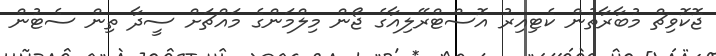
ޖޮކޮވިޗް މުބާރާތުން ކެޓިއިރު އޮސްޓްރޭލިއާގެ ޖޯން މިލްމަންގެ މައްޗަށް ސީދާ ތިން ސެޓުން